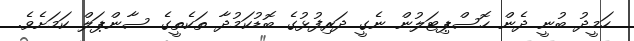
ހަމީދު ބުނީ ދެން ހޮސްޕިޓަލުން ނެގީ ދަރިފުޅުގެ ބޮޑުކަމުދާ ތަކެތީގެ ސާންޕަލް ކަމަށެވެ.